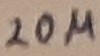
Text: 20µ